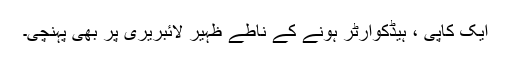
ایک کاپی ، ہیڈکوارٹر ہونے کے ناطے ظہیر لائبریری پر بھی پہنچی۔